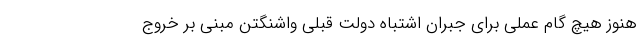
هنوز هیچ گام عملی برای جبران اشتباه دولت قبلی واشنگتن مبنی بر خروج